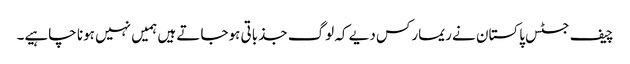
چیف جسٹس پاکستان نے ریمارکس دیے کہ لوگ جذباتی ہوجاتے ہیں ہمیں نہیں ہونا چاہیے۔